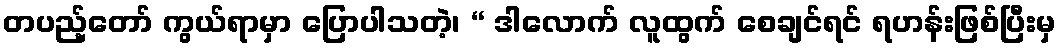
တပည့်တော် ကွယ်ရာမှာ ပြောပါသတဲ့၊ “ ဒါလောက် လူထွက် စေချင်ရင် ရဟန်းဖြစ်ပြီးမှ